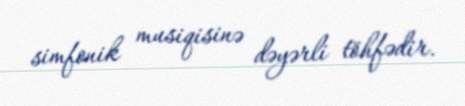
simfonik musiqisinə dəyərli töhfədir.